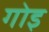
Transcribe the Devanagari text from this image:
गोइ